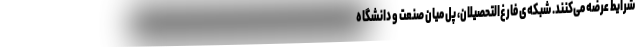
شرایط عرضه می‌کنند. شبکه‌ی فارغ‌التحصیلان، پل میان صنعت و دانشگاه